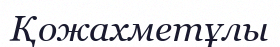
Қожахметұлы